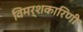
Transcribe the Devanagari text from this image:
विमर्शकारिणी